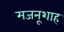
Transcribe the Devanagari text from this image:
मजनूशाह